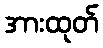
အားထုတ်